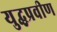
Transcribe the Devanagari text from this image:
युद्धप्रवीण